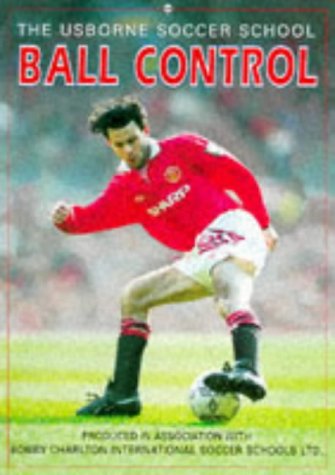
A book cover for Ball Control (Soccer School); Gill Harvey; Children's Books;